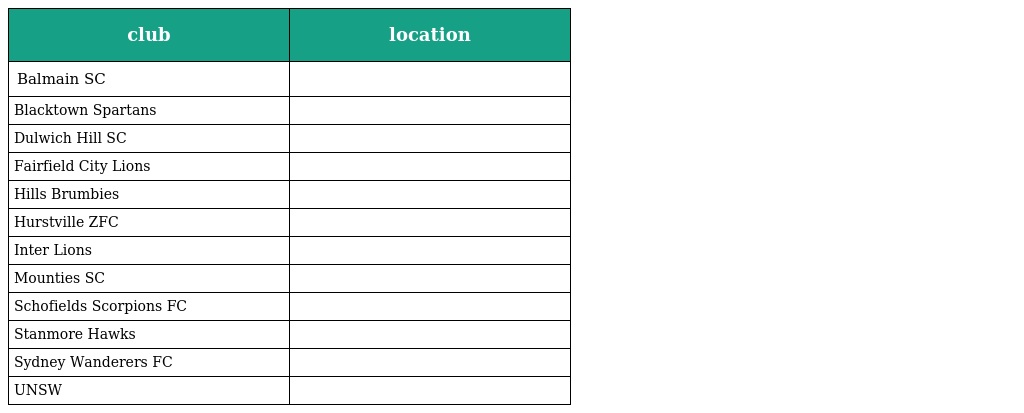
| club | location |
 | --- | --- |
 | Balmain SC |  |
 | Blacktown Spartans |  |
 | Dulwich Hill SC |  |
 | Fairfield City Lions |  |
 | Hills Brumbies |  |
 | Hurstville ZFC |  |
 | Inter Lions |  |
 | Mounties SC |  |
 | Schofields Scorpions FC |  |
 | Stanmore Hawks |  |
 | Sydney Wanderers FC |  |
 | UNSW |  |